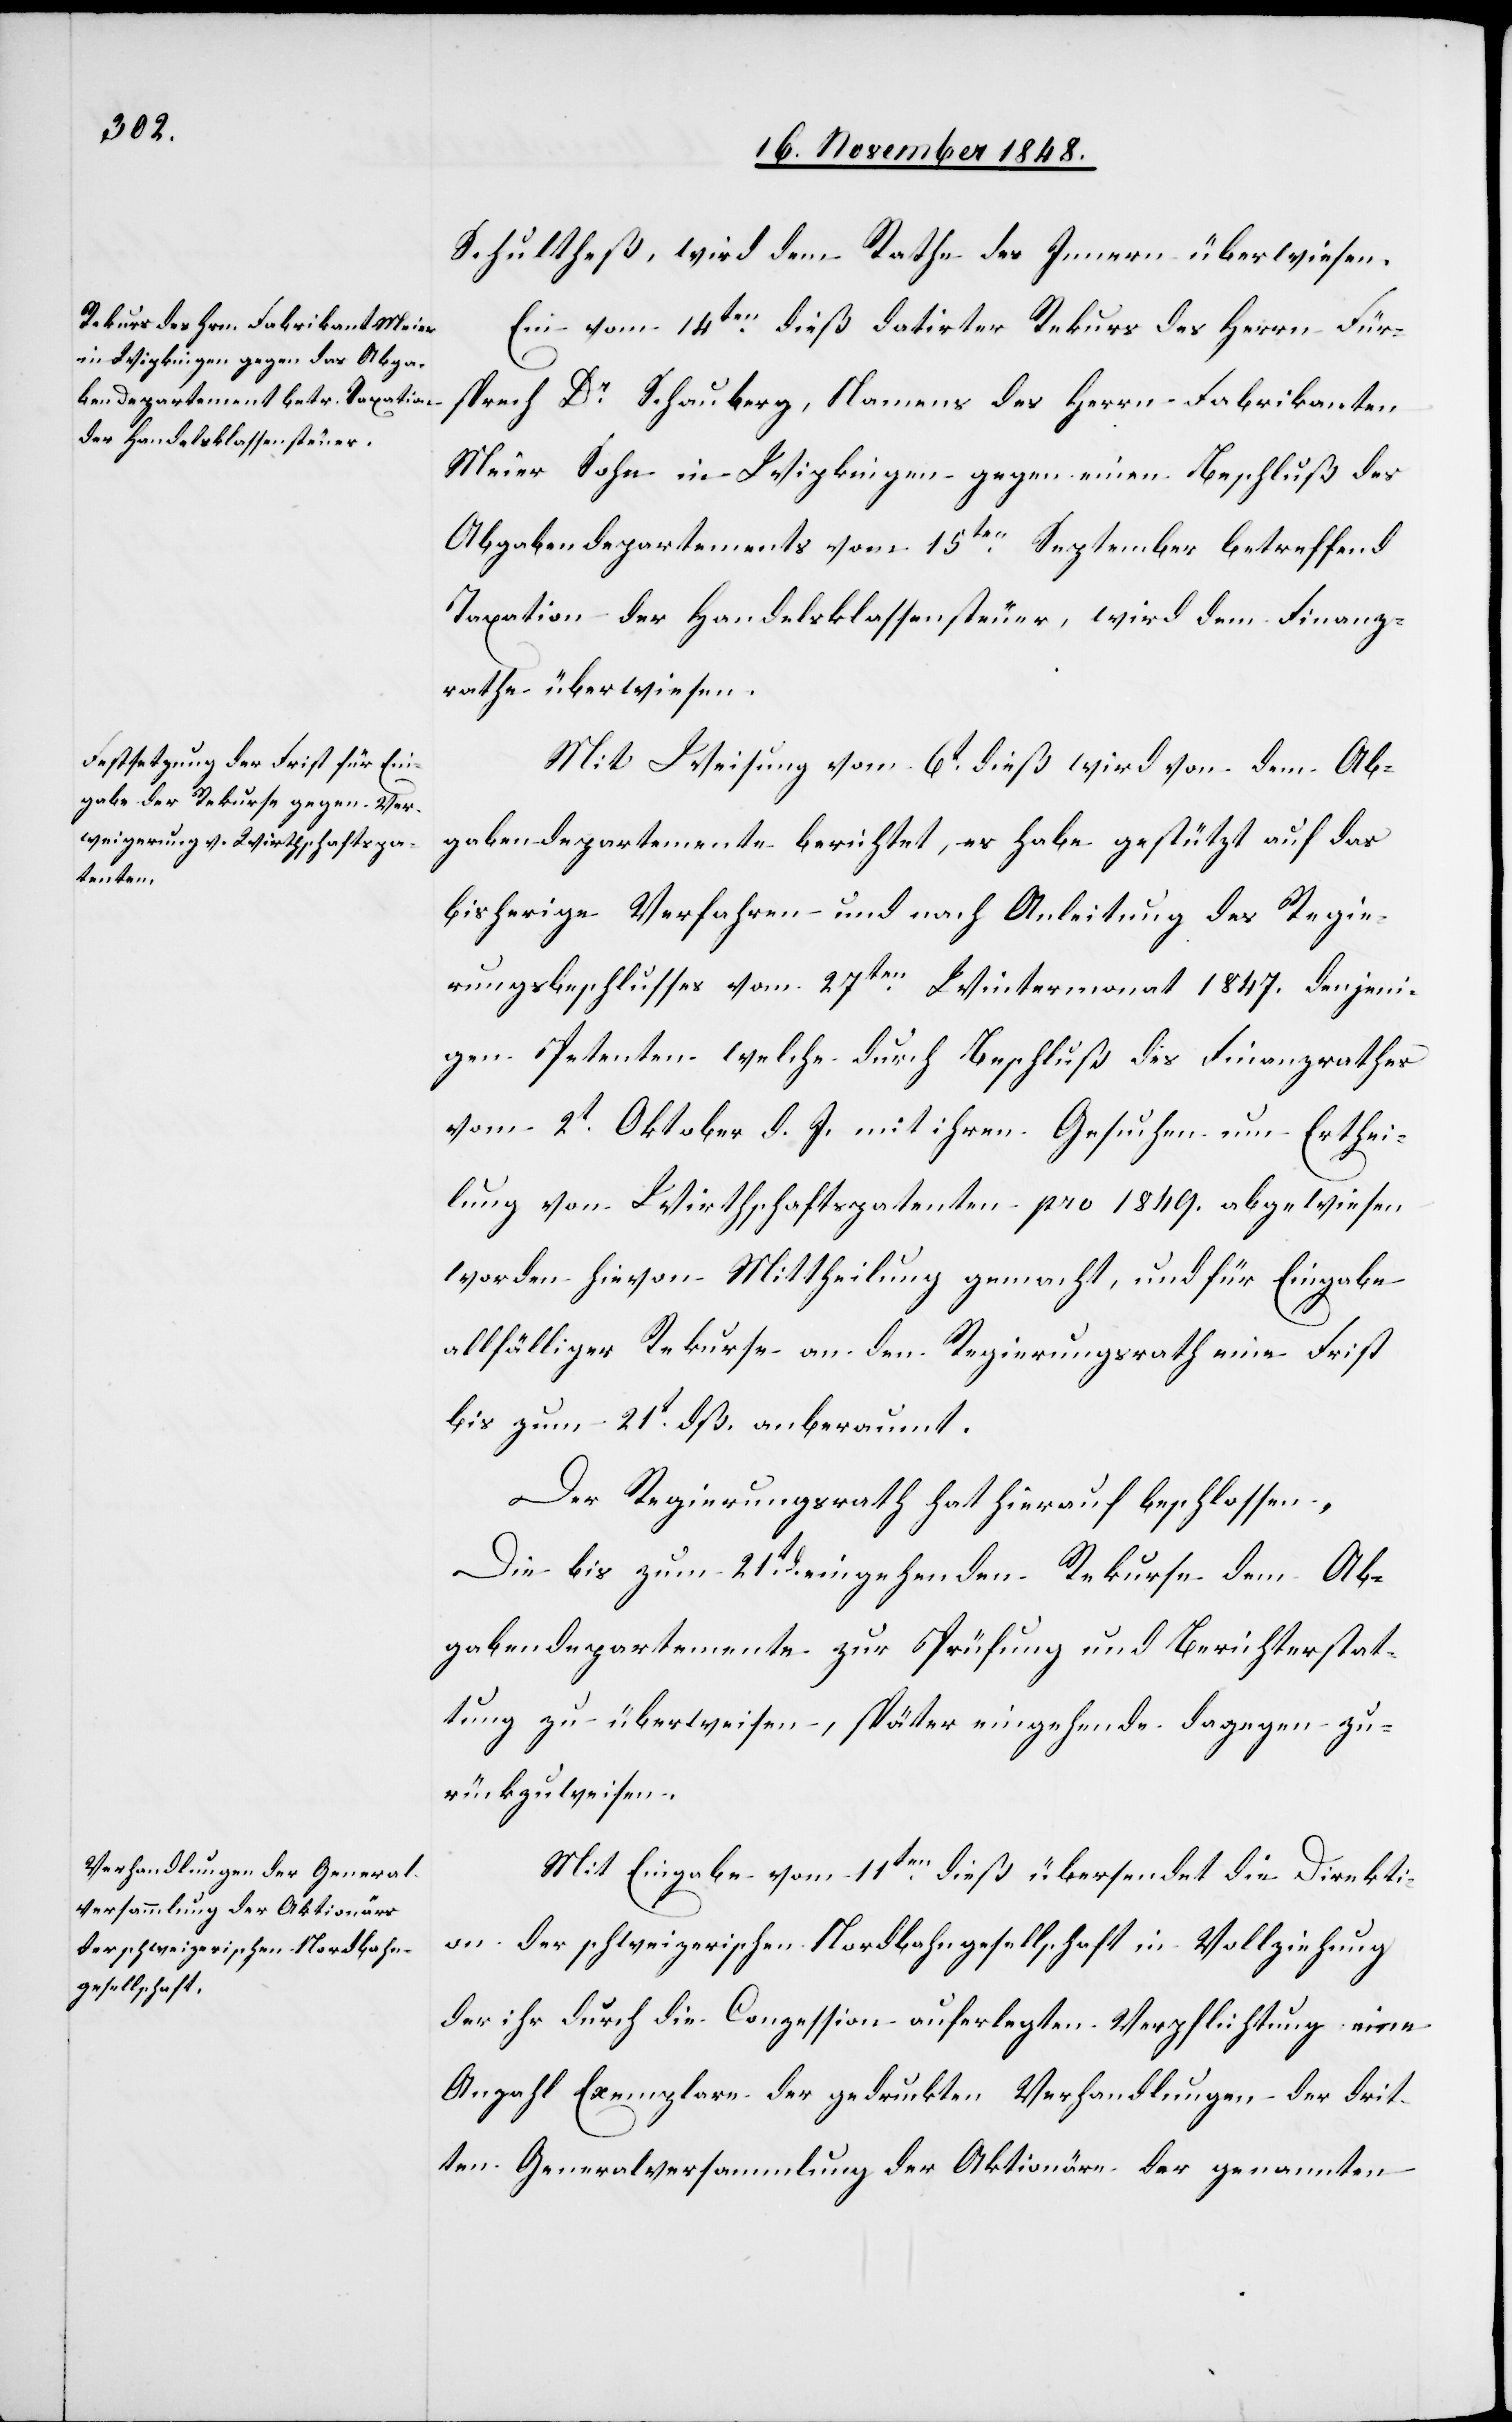
Schultheß, wird dem Rathe des Innern überwiesen.
Ein vom 14ten dieß datirter Rekurs des Herrn Für¬
sprech Dr Schauberg, Namens des Herrn Fabrikanten
Meier Sohn in Wipkingen gegen einen Beschluß des
Abgabendepartements vom 15ten September betreffend
Taxation der Handelsklassensteuer, wird dem Finanz¬
rathe überwiesen.
Mit Weisung vom 6t dieß wird von dem Ab¬
gabendepartemente berichtet, es habe gestützt auf das
bisherige Verfahren und nach Anleitung des Regie¬
rungsbeschlusses vom 27ten Wintermonat 1847. denjeni¬
gen Petenten welche durch Beschluß des Finanzrathes
vom 2t Oktober d. J. mit ihren Gesuchen um Erthei¬
lung von Wirthschaftspatenten pro 1849. abgewiesen
worden hievon Mittheilung gemacht, und für Eingabe
allfälliger Rekurse an den Regierungsrath eine Frist
bis zum 21t dß. anberaumt.
Der Regierungsrath hat hierauf beschlossen.
Die bis zum 21t eingehenden Rekurse dem Ab¬
gabendepartemente zur Prüfung und Berichterstat¬
tung zu überweisen, später eingehende dagegen zu¬
rückzuweisen.
Mit Eingabe vom 11ten dieß übersendet die Direkti¬
on der schweizerischen Nordbahngesellschaft in Vollziehung
der ihr durch die Conzession auferlegten Verpflichtung eine
Anzahl Exemplare der gedruckten Verhandlungen der drit¬
ten Generalversammlung der Aktionäre der genannten